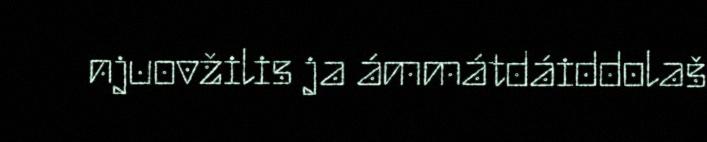
njuovžilis ja ámmátdáiddolaš